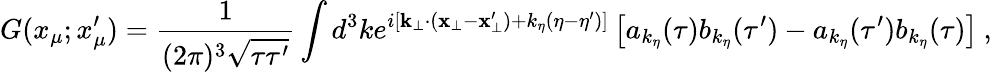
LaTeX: G(x_{\mu};x_{\mu}^{\prime})=\frac{1}{(2\pi)^{3}\sqrt{\tau\tau^{\prime}}}\int d^{3}ke^{i[\mathbf{k}_{\bot}\cdot(\mathbf{x}_{\bot}-\mathbf{x}_{\bot}^{\prime})+k_{\eta}(\eta-\eta^{\prime})]}\left[a_{k_{\eta}}(\tau)b_{k_{\eta}}(\tau^{\prime})-a_{k_{\eta}}(\tau^{\prime})b_{k_{\eta}}(\tau)\right]\: ,